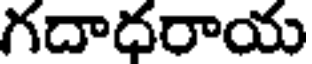
గదాదరాయ